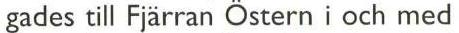
gades till Fjärran Östern i och med